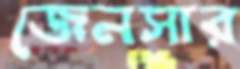
জেনসার